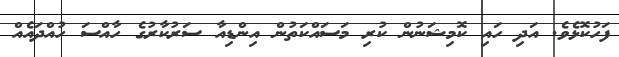
ފަހުކޮޅެވެ. އަދި ހައި ކޮމިޝަނުން ކުރި މަސައްކަތުން އިންޑިއާ ސަރުކާރުގެ ހާއްސަ ހުއްދައެއް